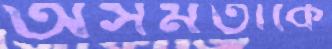
অসমতাকে